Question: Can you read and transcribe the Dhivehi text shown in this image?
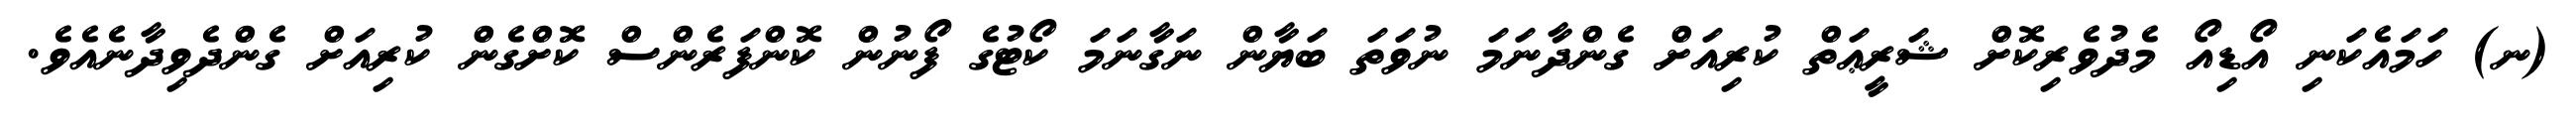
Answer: (ނ) ހަމައެކަނި އޯޑިއޯ މެދުވެރިކޮށް ޝަރީޢަތް ކުރިއަށް ގެންދާނަމަ ނުވަތަ ބަޔާން ނަގާނަމަ ކޯޓުގެ ފޯނުން ކޮންފަރެންސް ކޮށްގެން ކުރިއަށް ގެންދެވިދާނެއެވެ.